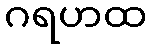
ဂရဟထ